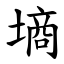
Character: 墒